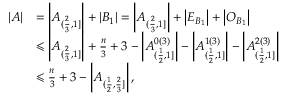
\begin{array} { r l } { | A | } & { = \left| A _ { ( \frac { 2 } { 3 } , 1 ] } \right| + | B _ { 1 } | = \left| A _ { ( \frac { 2 } { 3 } , 1 ] } \right| + \left| E _ { B _ { 1 } } \right| + \left| O _ { B _ { 1 } } \right| } \\ & { \leqslant \left| A _ { ( \frac { 2 } { 3 } , 1 ] } \right| + \frac { n } { 3 } + 3 - \left| A _ { ( \frac { 1 } { 2 } , 1 ] } ^ { 0 ( 3 ) } \right| - \left| A _ { ( \frac { 1 } { 2 } , 1 ] } ^ { 1 ( 3 ) } \right| - \left| A _ { ( \frac { 1 } { 2 } , 1 ] } ^ { 2 ( 3 ) } \right| } \\ & { \leqslant \frac { n } { 3 } + 3 - \left| A _ { ( \frac { 1 } { 2 } , \frac { 2 } { 3 } ] } \right| , } \end{array}